Document type: Sale
Year: 1440
Scribe: Pere Pau Pujades
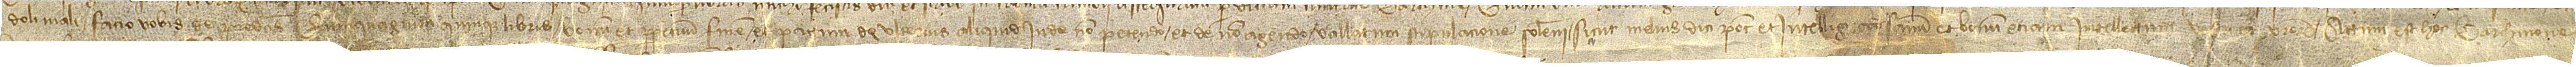
doli mali, facio vobis de predictis quinquaginta libris bonum et perpetuum finem et pactum de ulterius aliquid inde non petendo et de non agendo, vallatum stipulacione solemni, sicut melius dici potest et intelligi [ad]  sanum et bonum etiam intellectum vestri et vestrorum. Actum est hoc Barchinone